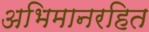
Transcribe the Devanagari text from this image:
अभिमानरहित